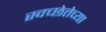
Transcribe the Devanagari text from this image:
स्वच्छेतेच्या